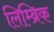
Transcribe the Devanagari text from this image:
लिम्ब्रिक